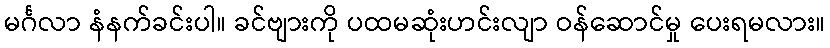
မင်္ဂလာ နံနက်ခင်းပါ။ ခင်ဗျားကို ပထမဆုံးဟင်းလျာ ဝန်ဆောင်မှု ပေးရမလား။